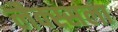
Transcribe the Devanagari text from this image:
लैक्स्सला